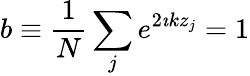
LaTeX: b\equiv\frac{1}{N}\sum_{j}e^{2\imath kz_{j}}=1